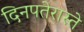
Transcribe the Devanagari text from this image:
दिनपतेरास्ते